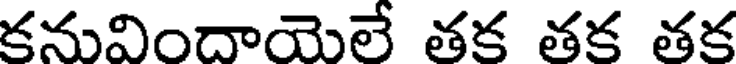
కనువిందాయెలే తక తక తక